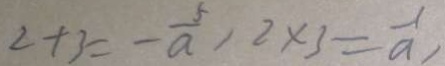
2 + 3 = - \frac { 5 } { a } , 2 \times 3 = \frac { 1 } { a } ,